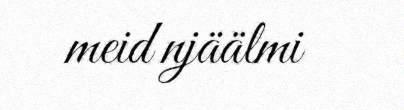
meid njäälmi